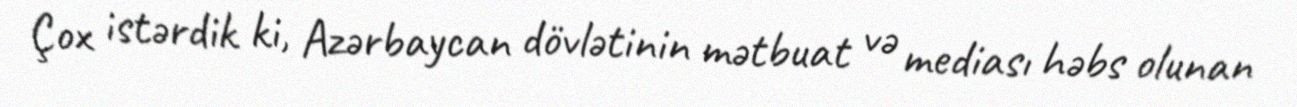
Çox istərdik ki, Azərbaycan dövlətinin mətbuat və mediası həbs olunan